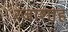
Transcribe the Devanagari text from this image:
रजाशाह